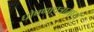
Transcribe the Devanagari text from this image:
घोषणापत्रामध्ये